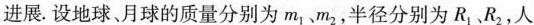
进展。设地球、月球的质量分别为m_{1}、m_{2}，半径分别为R_{1}，R_{2}人